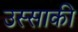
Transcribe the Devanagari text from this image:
उस्साकी